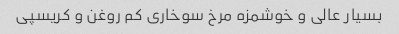
بسیار عالی و خوشمزه مرخ سوخاری کم روغن و کریسپی